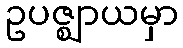
ဥပဇ္ဈာယမှာ